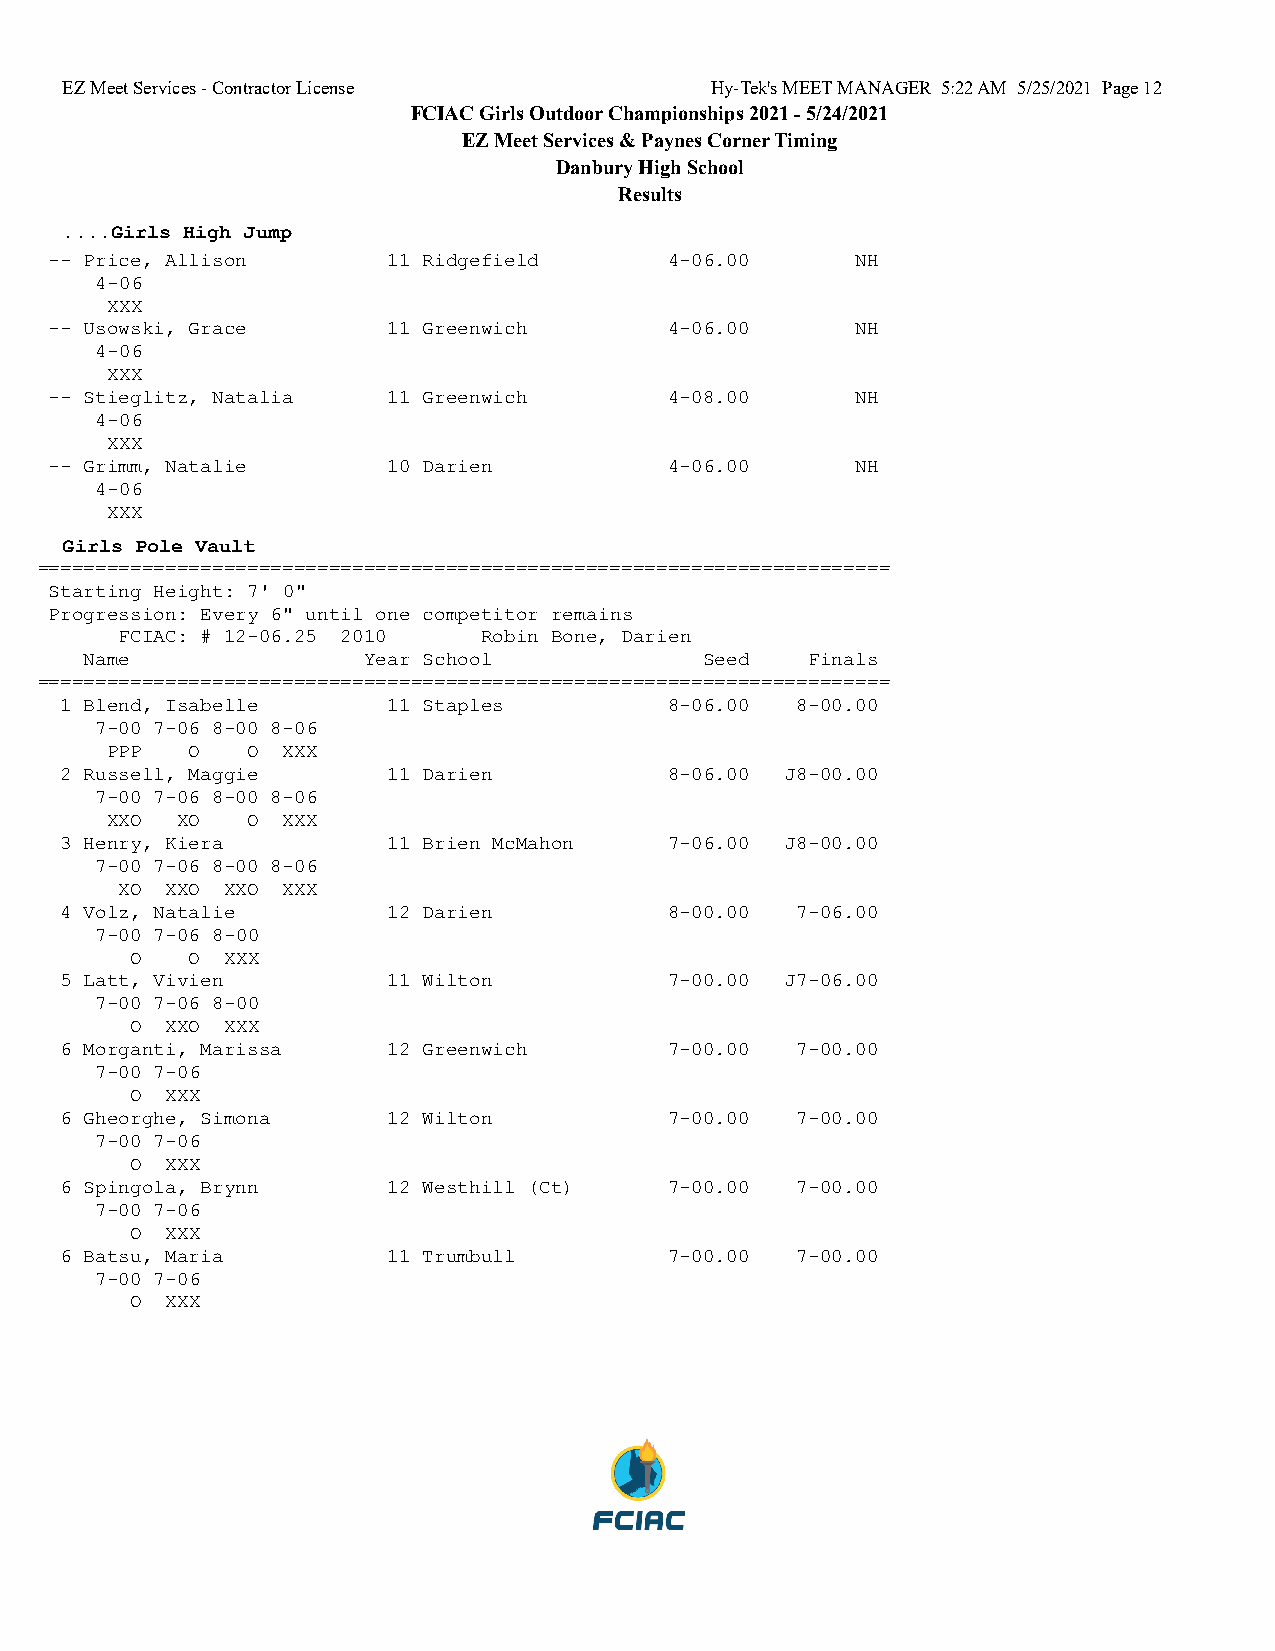
EZ Meet Services - Contractor License      Hy-Tek's MEET MANAGER 5:22 AM 5/25/2021 Page 12
 FCIAC Girls Outdoor Championships 2021 - 5/24/2021
 EZ Meet Services & Paynes Corner Timing
 Danbury High School
 Results
 ....Girls High Jump
 -- Price, Allison      11 Ridgefield     4-06.00      NH
 4-06
 XXX
 -- Usowski, Grace      11 Greenwich      4-06.00      NH
 4-06
 XXX
 -- Stieglitz, Natalia  11 Greenwich      4-08.00      NH
 4-06
 XXX
 -- Grimm, Natalie      10 Darien         4-06.00      NH
 4-06
 XXX
 Girls Pole Vault
 =========================================================================
 Starting Height: 7' 0"
 Progression: Every 6" until one competitor remains
 FCIAC: # 12-06.25 2010  Robin Bone, Darien
 Name              Year School            Seed   Finals
 =========================================================================
 1 Blend, Isabelle     11 Staples        8-06.00  8-00.00
 7-00 7-06 8-00 8-06
 PPP   O  O  XXX
 2 Russell, Maggie     11 Darien         8-06.00 J8-00.00
 7-00 7-06 8-00 8-06
 XXO  XO  O  XXX
 3 Henry, Kiera        11 Brien McMahon  7-06.00 J8-00.00
 7-00 7-06 8-00 8-06
 XO XXO XXO XXX
 4 Volz, Natalie       12 Darien         8-00.00  7-06.00
 7-00 7-06 8-00
 O   O XXX
 5 Latt, Vivien        11 Wilton         7-00.00 J7-06.00
 7-00 7-06 8-00
 O XXO XXX
 6 Morganti, Marissa   12 Greenwich      7-00.00  7-00.00
 7-00 7-06
 O XXX
 6 Gheorghe, Simona    12 Wilton         7-00.00  7-00.00
 7-00 7-06
 O XXX
 6 Spingola, Brynn     12 Westhill (Ct)  7-00.00  7-00.00
 7-00 7-06
 O XXX
 6 Batsu, Maria        11 Trumbull       7-00.00  7-00.00
 7-00 7-06
 O XXX